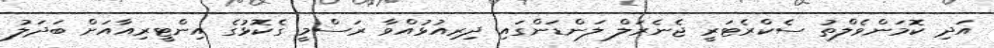
އަދި ކޮމަންވެލްތު ސެކްރެޓަރީ ޖެނެރަލް ލަންޑަންގައި ދިރިއުޅުއްވާ ރަސްމީ ގެކޮޅުގެ އިންޓީރިއާއަށް ބަދަލު